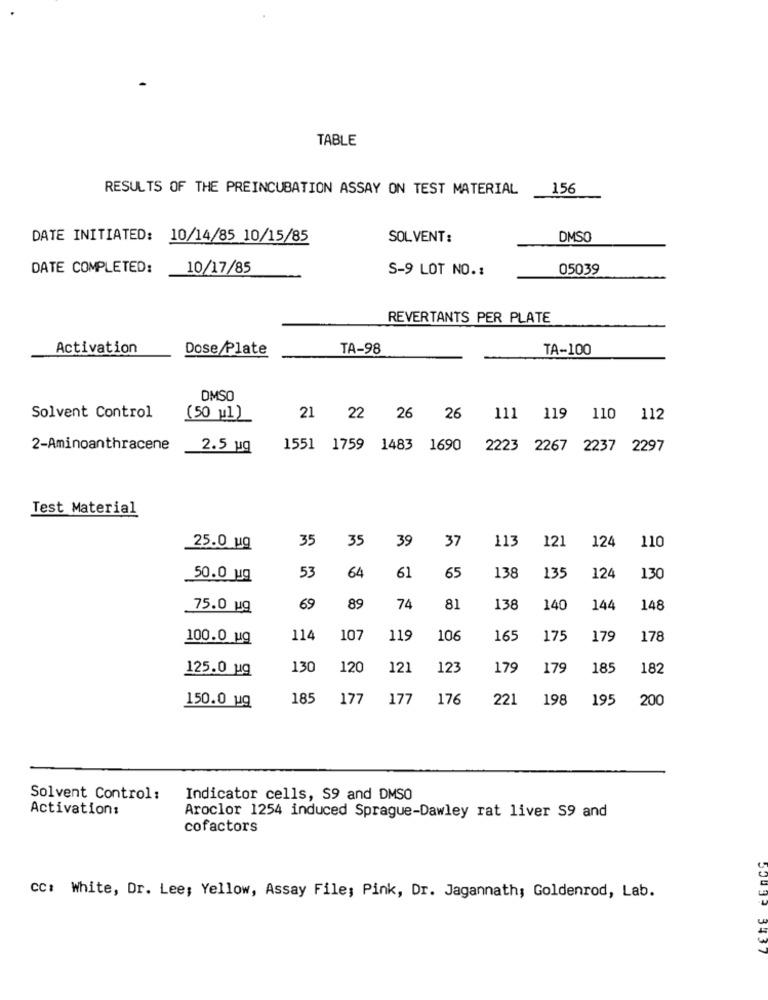
TABLE
RESULTS OF THE PREINCUBATION ASSAY ON TEST MATERIAL
156
DATE INITIATED: 10/14/85 10/15/85
SOLVENT:
DMSO
DATE COMPLETED:
10/17/85
S-9 LOT NO .:
05039
REVERTANTS PER PLATE
Activation
Dose Plate
TA-98
TA-100
DMSO
Solvent Control
(50 w1)
21 22 26 26
111 119 110 112
2-Aminoanthracene
2.5 ug
1551 1759 1483 1690
2223 2267 2237 2297
Test Material
35
35
39
37
113
121
124
110
25.0 ug
53
50.0 ug
64
61
65
138
135
124
130
75.0 ug
69
89
74
81
138
140
144
148
100.0 ug
114
107
119
106
165
175
179
178
125.0 ug
130
120
121
123
179
179
185
182
150.0 ug
18
177
177
176
221
198
195
200
Solvent Control :
Indicator cells, S9 and DMSO
Activation:
Aroclor 1254 induced Sprague-Dawley rat liver S9 and
cofactors
cc: White, Dr. Lee; Yellow, Assay File; Pink, Dr. Jagannath; Goldenrod, Lab.
U